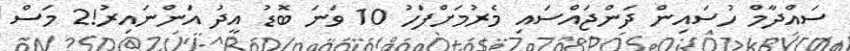
ސައްދާމް ހުސައިން ދަންޖައްސައި މެރުމަށްފަހު 10 ވަނަ ބޮޑު އީދު އަންނައިރު!2 މަސް